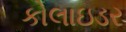
કોલાઇડર